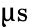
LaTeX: \upmu\textrm{s}